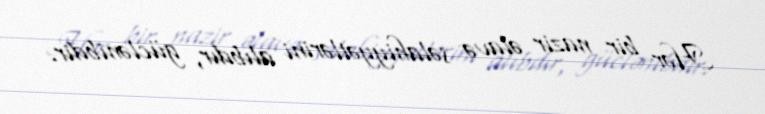
Hər bir nazir əlavə səlahiyyətlərini alıbdır, güclənibdir.